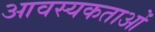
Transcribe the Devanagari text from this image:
आवस्यकताओं